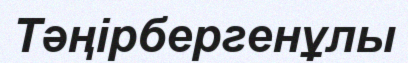
Тәңірбергенұлы